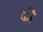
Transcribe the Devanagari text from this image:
ढौ